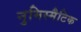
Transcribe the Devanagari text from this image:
नुमिस्मैटिक